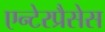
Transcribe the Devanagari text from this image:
एन्टेरप्रैसेस